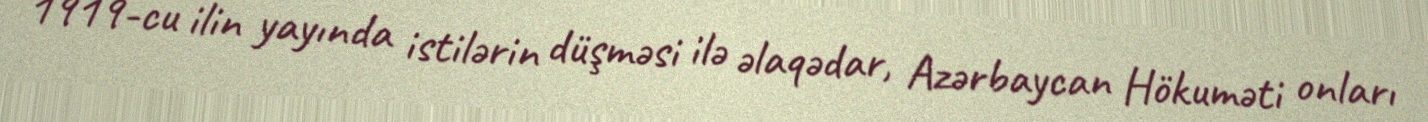
1919-cu ilin yayında istilərin düşməsi ilə əlaqədar, Azərbaycan Hökuməti onları